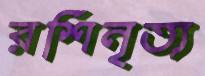
রশিনৃত্য